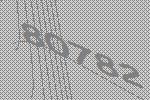
80782